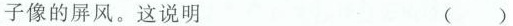
子像的屏风。这说明 ()